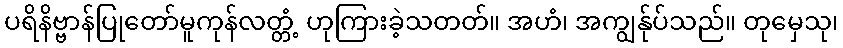
ပရိနိဗ္ဗာန်ပြုတော်မူကုန်လတ္တံ့ ဟုကြားခဲ့သတတ်။ အဟံ၊ အကျွန်ုပ်သည်။ တုမှေသု၊